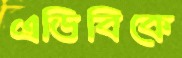
এডিবিকে